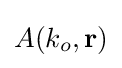
A(k_{o},\mathbf {r} )